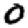
Digit: 0